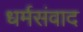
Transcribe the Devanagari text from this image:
धर्मसंवाद